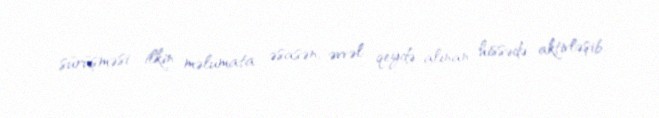
sürüşməsi ilkin məlumata əsasən, əvvəl qeydə alınan hissədə aktivləşib.